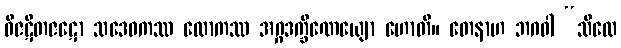
ဝိဇဋိတဇဋော သဒေဝကဿ လောကဿ အဂ္ဂဒက္ခိဏေယျော ဟောတိ။ တေနာဟ ဘဂဝါ “သီလေ